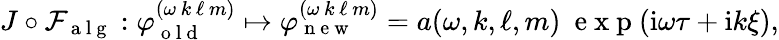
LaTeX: \begin{array}{r}{J\circ\mathcal{F}_{\mathrm{~a~l~g~}}:\varphi_{\mathrm{~o~l~d~}}^{(\omega\, k\, \ell\, m)}\mapsto\varphi_{\mathrm{~n~e~w~}}^{(\omega\, k\, \ell\, m)}=a(\omega,k,\ell,m)\ \mathrm{~e~x~p~}(\mathrm{i}\omega\tau+\mathrm{i}k\xi),}\end{array}